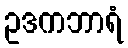
ဥဒကဘာရံ